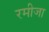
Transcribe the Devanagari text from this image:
रमीजा